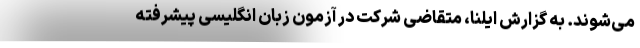
می‌شوند. به گزارش ایلنا، متقاضی شرکت در آزمون زبان انگلیسی پیشرفته